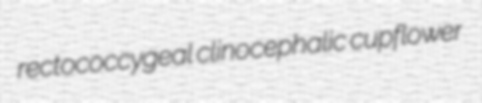
rectococcygeal clinocephalic cupflower